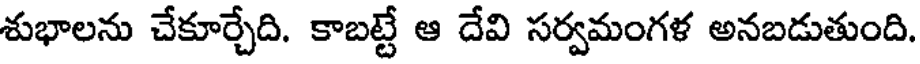
శుభాలను చేకూర్చేది. కాబట్టే ఆ దేవి సర్వమంగళ అనబడుతుంది.